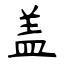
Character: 盖